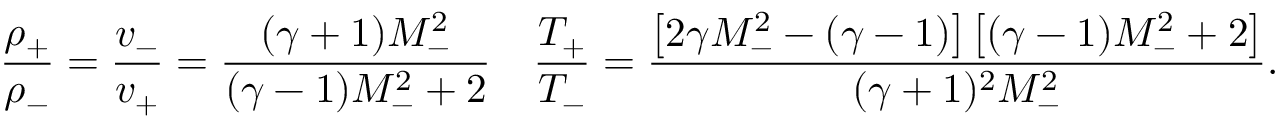
\frac { \rho _ { + } } { \rho _ { - } } = \frac { v _ { - } } { v _ { + } } = \frac { ( \gamma + 1 ) M _ { - } ^ { 2 } } { ( \gamma - 1 ) M _ { - } ^ { 2 } + 2 } \quad \frac { T _ { + } } { T _ { - } } = \frac { \left[ 2 \gamma M _ { - } ^ { 2 } - ( \gamma - 1 ) \right] \left[ ( \gamma - 1 ) M _ { - } ^ { 2 } + 2 \right] } { ( \gamma + 1 ) ^ { 2 } M _ { - } ^ { 2 } } .